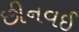
છીનવઈ